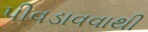
પીવડાવવાથી